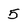
Character: 5